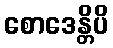
စောဒေန္တိပိ